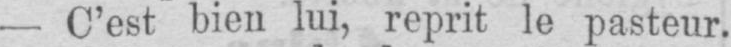
- C’est bien lui, reprit le pasteur.